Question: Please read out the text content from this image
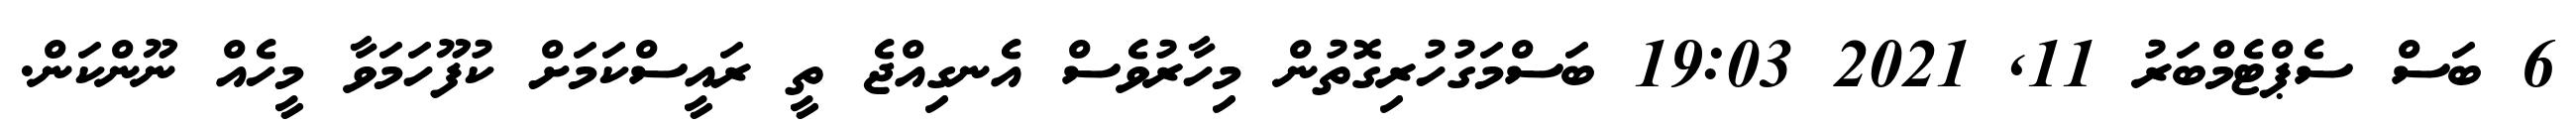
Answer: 6 ބަސް ސެޕްޓެމްބަރު 11, 2021 19:03 ބަސްމަގުހުރިގޮތުން މިހާރުވެސް އެނގިއްޖެ ތީ ރައީސްކަމަށް ކުފޫހަމަވާ މީހެއް ނޫންކަން.